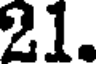
21.